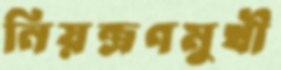
নিয়ন্ত্রণমুখী